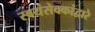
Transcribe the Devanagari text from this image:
स्वयंसेवकांद्वारे